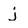
Character: j